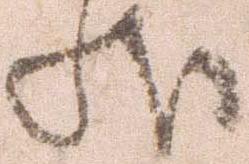
状